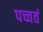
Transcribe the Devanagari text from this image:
पच्चतं